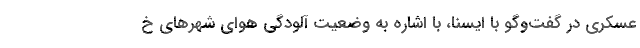
عسکری در گفت‌وگو با ایسنا، با اشاره به وضعیت آلودگی هوای شهرهای خ